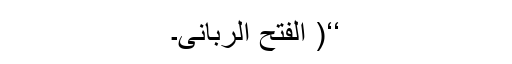
‘‘( الفتح الربانی۔